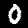
Digit: 0